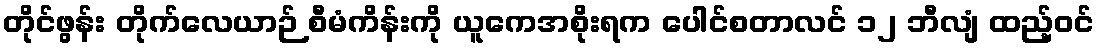
တိုင်ဖွန်း တိုက်လေယာဉ် စီမံကိန်းကို ယူကေအစိုးရက ပေါင်စတာလင် ၁၂ ဘီလျံ ထည့်ဝင်